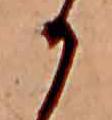
か